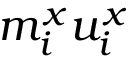
m _ { i } ^ { x } u _ { i } ^ { x }